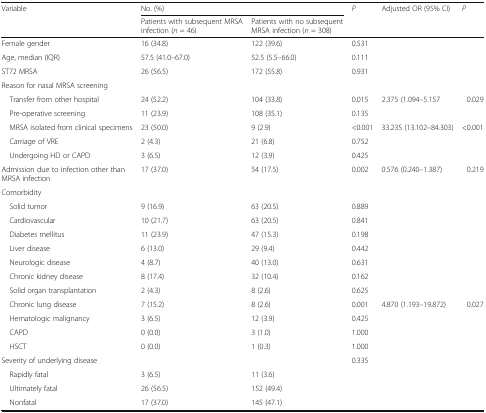
<table><thead><tr><td rowspan="2"><b>Variable</b></td><td colspan="2"><b>No. (%)</b></td><td rowspan="2"><b><i>P</i></b></td><td rowspan="2"><b>Adjusted OR (95% CI)</b></td><td rowspan="2"><b><i>P</i></b></td></tr><tr><td><b>Patients with subsequent MRSA infection (<i>n</i> = 46)</b></td><td><b>Patients with no subsequent MRSA infection (<i>n</i> = 308)</b></td></tr></thead><tbody><tr><td>Female gender</td><td>16 (34.8)</td><td>122 (39.6)</td><td>0.531</td><td></td><td></td></tr><tr><td>Age, median (IQR)</td><td>57.5 (41.0–67.0)</td><td>52.5 (5.5–66.0)</td><td>0.111</td><td></td><td></td></tr><tr><td>ST72 MRSA</td><td>26 (56.5)</td><td>172 (55.8)</td><td>0.931</td><td></td><td></td></tr><tr><td colspan="6">Reason for nasal MRSA screening</td></tr><tr><td> Transfer from other hospital</td><td>24 (52.2)</td><td>104 (33.8)</td><td>0.015</td><td>2.375 (1.094–5.157</td><td>0.029</td></tr><tr><td> Pre-operative screening</td><td>11 (23.9)</td><td>108 (35.1)</td><td>0.135</td><td></td><td></td></tr><tr><td> MRSA isolated from clinical specimens</td><td>23 (50.0)</td><td>9 (2.9)</td><td>&lt;0.001</td><td>33.235 (13.102–84.303)</td><td>&lt;0.001</td></tr><tr><td> Carriage of VRE</td><td>2 (4.3)</td><td>21 (6.8)</td><td>0.752</td><td></td><td></td></tr><tr><td> Undergoing HD or CAPD</td><td>3 (6.5)</td><td>12 (3.9)</td><td>0.425</td><td></td><td></td></tr><tr><td>Admission due to infection other than MRSA infection</td><td>17 (37.0)</td><td>54 (17.5)</td><td>0.002</td><td>0.576 (0.240–1.387)</td><td>0.219</td></tr><tr><td colspan="6">Comorbidity</td></tr><tr><td> Solid tumor</td><td>9 (16.9)</td><td>63 (20.5)</td><td>0.889</td><td></td><td></td></tr><tr><td> Cardiovascular</td><td>10 (21.7)</td><td>63 (20.5)</td><td>0.841</td><td></td><td></td></tr><tr><td> Diabetes mellitus</td><td>11 (23.9)</td><td>47 (15.3)</td><td>0.198</td><td></td><td></td></tr><tr><td> Liver disease</td><td>6 (13.0)</td><td>29 (9.4)</td><td>0.442</td><td></td><td></td></tr><tr><td> Neurologic disease</td><td>4 (8.7)</td><td>40 (13.0)</td><td>0.631</td><td></td><td></td></tr><tr><td> Chronic kidney disease</td><td>8 (17.4)</td><td>32 (10.4)</td><td>0.162</td><td></td><td></td></tr><tr><td> Solid organ transplantation</td><td>2 (4.3)</td><td>8 (2.6)</td><td>0.625</td><td></td><td></td></tr><tr><td> Chronic lung disease</td><td>7 (15.2)</td><td>8 (2.6)</td><td>0.001</td><td>4.870 (1.193–19.872)</td><td>0.027</td></tr><tr><td> Hematologic malignancy</td><td>3 (6.5)</td><td>12 (3.9)</td><td>0.425</td><td></td><td></td></tr><tr><td> CAPD</td><td>0 (0.0)</td><td>3 (1.0)</td><td>1.000</td><td></td><td></td></tr><tr><td> HSCT</td><td>0 (0.0)</td><td>1 (0.3)</td><td>1.000</td><td></td><td></td></tr><tr><td>Severity of underlying disease</td><td></td><td></td><td>0.335</td><td></td><td></td></tr><tr><td> Rapidly fatal</td><td>3 (6.5)</td><td>11 (3.6)</td><td></td><td></td><td></td></tr><tr><td> Ultimately fatal</td><td>26 (56.5)</td><td>152 (49.4)</td><td></td><td></td><td></td></tr><tr><td> Nonfatal</td><td>17 (37.0)</td><td>145 (47.1)</td><td></td><td></td><td></td></tr></tbody></table>